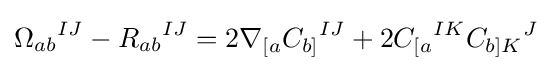
{\Omega _{ab}}^{IJ}-{R_{ab}}^{IJ}=2\nabla _{[a}{C_{b]}}^{IJ}+2{C_{[a}}^{IK}{C_{b]K}}^{J}